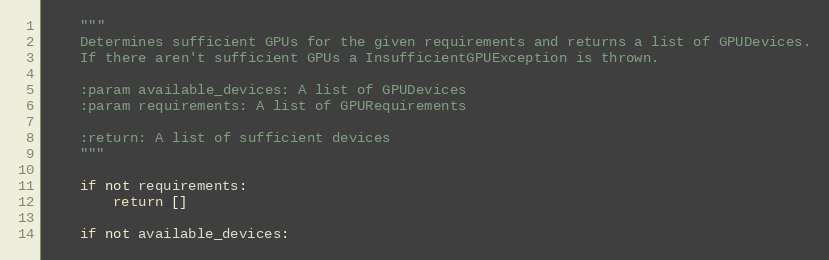
Language: Python
    """
    Determines sufficient GPUs for the given requirements and returns a list of GPUDevices.
    If there aren't sufficient GPUs a InsufficientGPUException is thrown.

    :param available_devices: A list of GPUDevices
    :param requirements: A list of GPURequirements

    :return: A list of sufficient devices
    """

    if not requirements:
        return []

    if not available_devices: